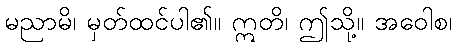
မညာမိ၊ မှတ်ထင်ပါ၏။ ဣတိ၊ ဤသို့။ အဝေါစ၊